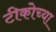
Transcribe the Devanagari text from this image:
टीकोच्या